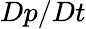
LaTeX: Dp/Dt